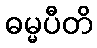
ဓမ္မပီတိ